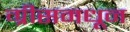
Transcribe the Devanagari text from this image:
ग्रीसमधून